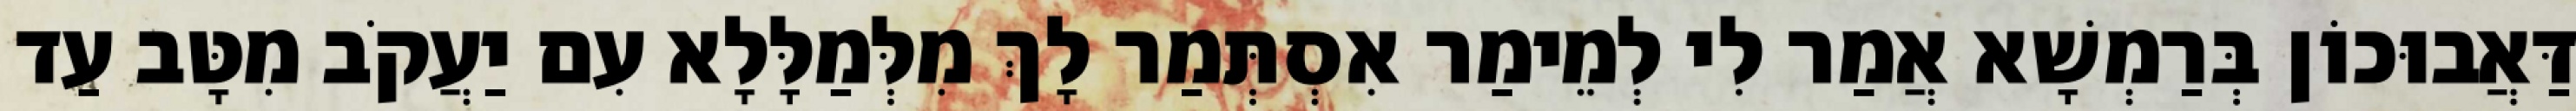
דַּאֲבוּכוֹן בְּרַמְשָׁא אֲמַר לִי לְמֵימַר אִסְתְּמַר לָךְ מִלְּמַלָּלָא עִם יַעֲקֹב מִטָּב עַד